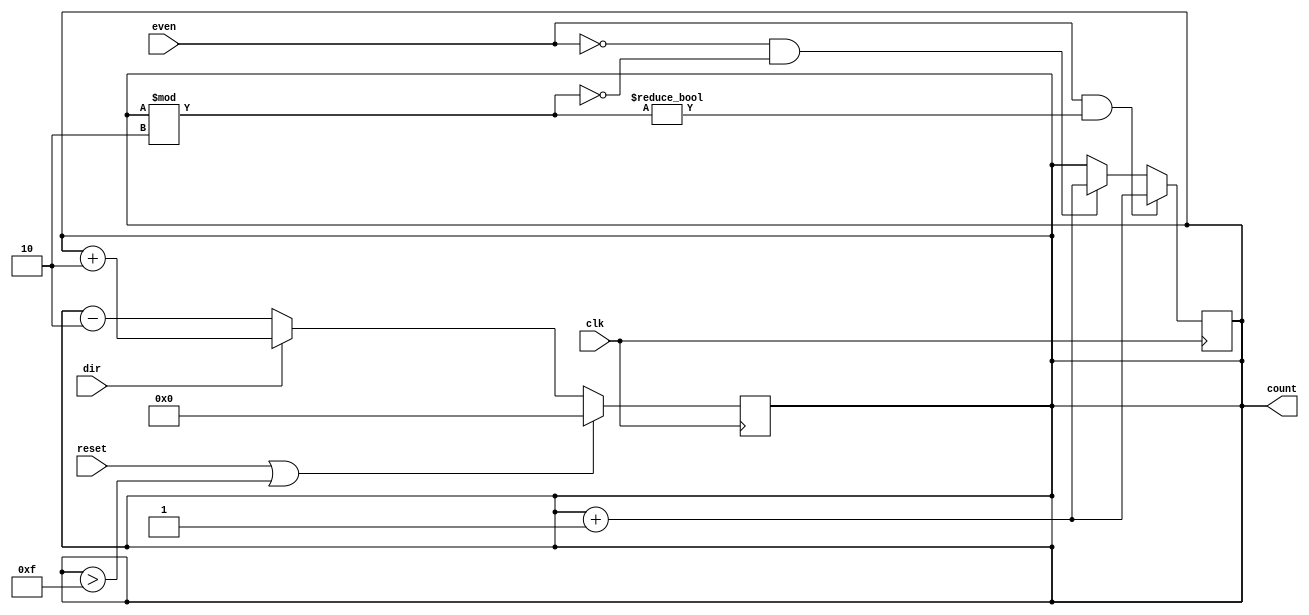
`timescale 1ns / 1ps

module even_odd_counter(
    input clk,
    input reset,
    input dir,
	 input even,
    output reg [3:0] count
    );
	 
	 initial begin
		count = 0;
	 end
	 
	 always @(posedge clk)
		begin
			if(reset || count > 15)
				count = 0;
				
			else 
				begin
					if(dir)
						count = count + 2;
					else
						count = count - 2;
				end
		end
		
	always @(posedge clk)
		begin
			if(even && count % 2 != 0)
				count = count + 1;
					
			else if(~even && count %2 == 0)
				count = count + 1;
		end

endmodule